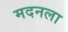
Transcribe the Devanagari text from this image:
मदनला